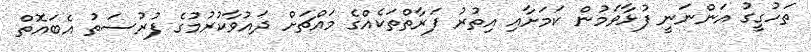
ތަހުގީގު އަންނަނީ ފުޅާވަމުން ކަމަށާއި އިތުރު ފަރާތްތަކެއްގެ މައްޗަށް ދައުވާކުރުމުގެ ފުރުސަތު އެބައޮތް